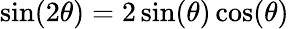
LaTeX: \sin(2\theta)=2\sin(\theta)\cos(\theta)